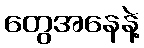
တွေအနေနဲ့